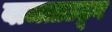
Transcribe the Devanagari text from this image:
वाजताउठून